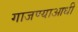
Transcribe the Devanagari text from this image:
गाजण्याआधी